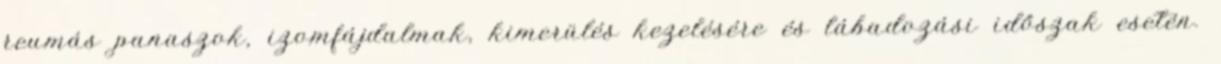
reumás panaszok, izomfájdalmak, kimerülés kezelésére és lábadozási időszak esetén.